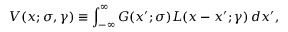
V ( x ; \sigma , \gamma ) \equiv \int _ { - \infty } ^ { \infty } G ( x ^ { \prime } ; \sigma ) L ( x - x ^ { \prime } ; \gamma ) \, d x ^ { \prime } ,